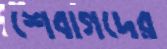
শেবাগদের